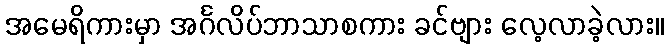
အမေရိကားမှာ အင်္ဂလိပ်ဘာသာစကား ခင်ဗျား လေ့လာခဲ့လား။